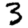
Digit: 3